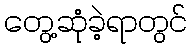
တွေ့ဆုံခဲ့ရာတွင်